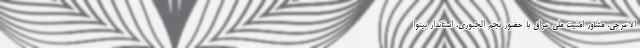
الاعرجی، مشاور امنیت ملی عراق با حضور نجم الجبوری، استاندار نینوا